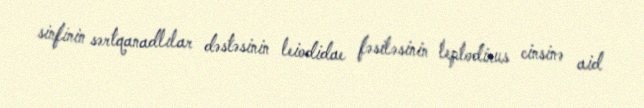
sinfinin sərtqanadlılar dəstəsinin leiodidae fəsiləsinin leptodirus cinsinə aid